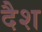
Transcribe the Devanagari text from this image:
दैश